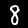
Label: 8